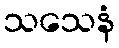
သသေနံ